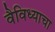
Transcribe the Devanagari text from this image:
वैविध्याचा